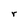
Character: r